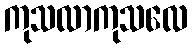
ကုသလာကုသလေ